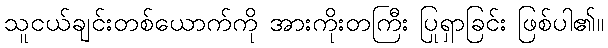
သူငယ်ချင်းတစ်ယောက်ကို အားကိုးတကြီး ပြုရှာခြင်း ဖြစ်ပါ၏။